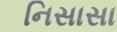
નિસાસા